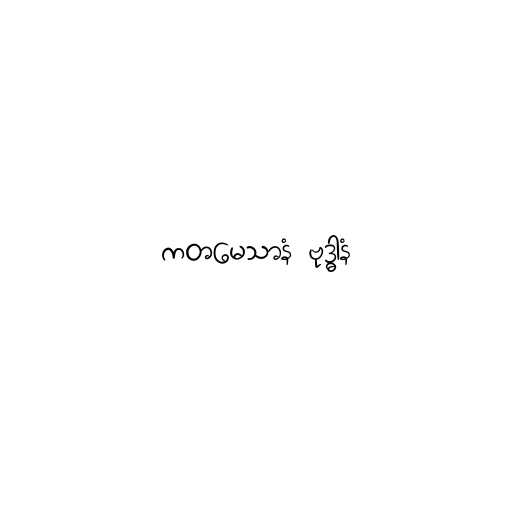
ကတမေသာနံ ဗုဒ္ဓါနံ